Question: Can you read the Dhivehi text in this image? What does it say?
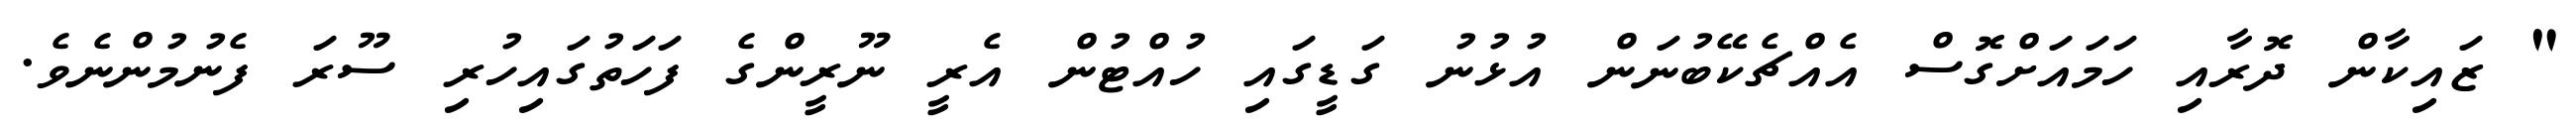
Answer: " ޒައިކާން ދޮރާއި ހަމައަށްގޮސް އެއްޗެކޭބުނަން އުޅުނު ގަޑީގައި ހުއްޓުން އެރީ ނޫރީންގެ ފަހަތުގައިހުރި ސޫރަ ފެނުމުންނެވެ.